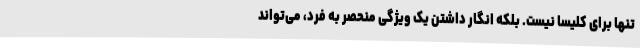
تنها برای کلیسا نیست. بلکه انگار داشتن یک ویژگی منحصر به فرد، می‌تواند